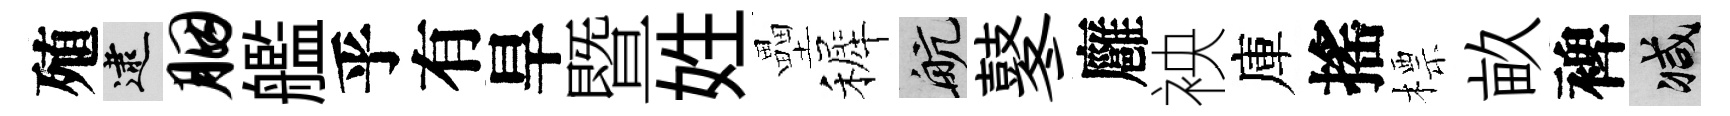
殖逮胭艦乎有旱暨姓壘裤航鼕廱䘧庫搖標畝裨减